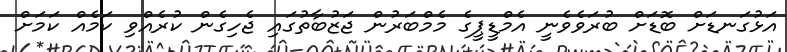
އަޅުގަނޑަށް ބޮޑަށް ބުރަވެވެނީ އެމްޑީޕީގެ މެމްބަރުން ޖަޒުބާތުގައި ޖެހިގެން ކުރެއްވި ކަމެއް ކަމަށް